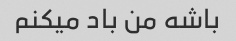
باشه من باد میکنم